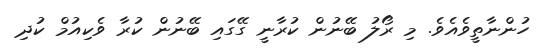
ހުންނާތީވެއެވެ. މި ރޯލު ބޭނުން ކުރާނީ ގޭގައި ބޭނުން ކުރާ ވެކިއުމް ކުދި